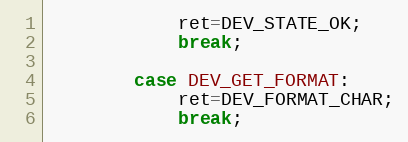
Language: C++
			ret=DEV_STATE_OK;
			break;

		case DEV_GET_FORMAT:
			ret=DEV_FORMAT_CHAR;
			break;